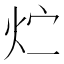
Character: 𮳢